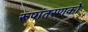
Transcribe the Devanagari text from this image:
रूपांतरणको